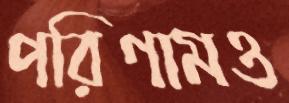
পরিণামও